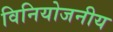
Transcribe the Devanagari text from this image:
विनियोजनीय